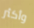
وأكثر